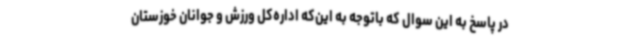
در پاسخ به این سوال که باتوجه به این‌که اداره‌کل ورزش و جوانان خوزستان